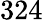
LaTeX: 324